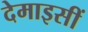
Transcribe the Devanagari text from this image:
देमाइसीं